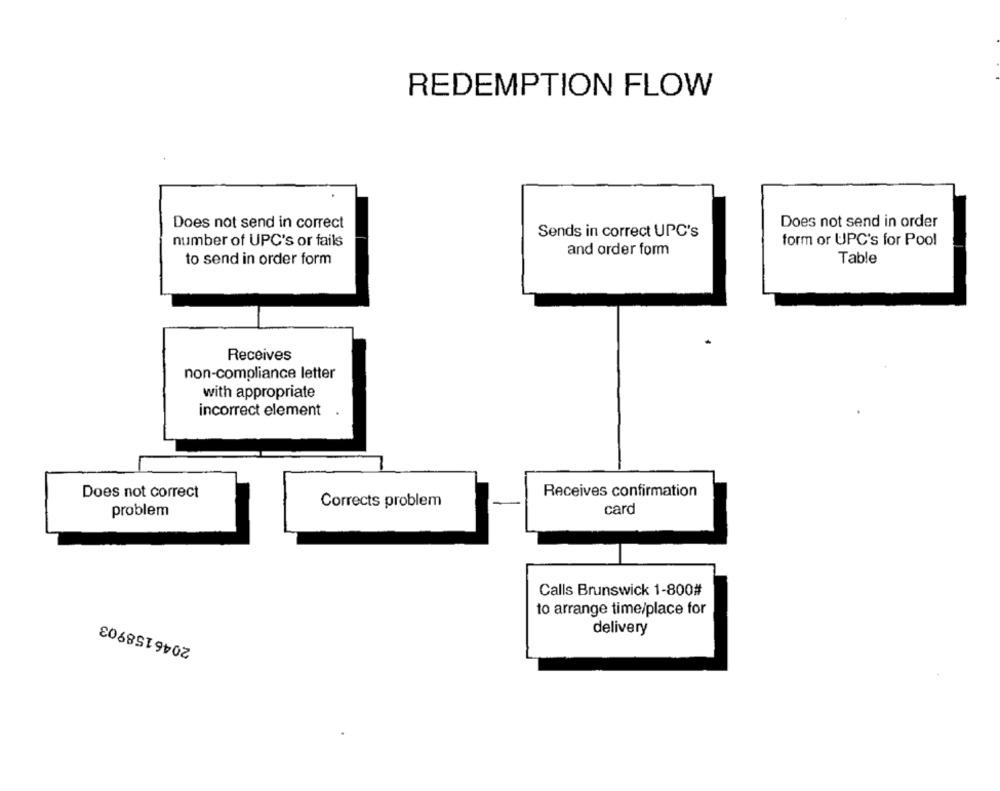
REDEMPTION FLOW
Does not send in correct
Does not send in order
Sends in correct UPC's
number of UPC's or fails
form or UPC's for Pool
and order form
to send in order form
Table
Receives
non-compliance letter
with appropriate
incorrect element
Does not correct
Receives confirmation
Corrects problem
problem
card
Calls Brunswick 1-800#
2046158903
to arrange time/place for
delivery